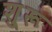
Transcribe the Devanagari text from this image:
शु्रू